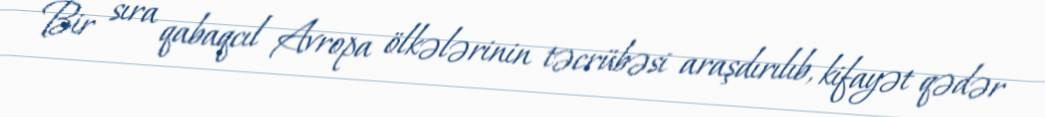
Bir sıra qabaqcıl Avropa ölkələrinin təcrübəsi araşdırılıb, kifayət qədər